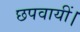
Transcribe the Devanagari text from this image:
छपवायीं।